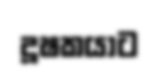
දූෂකයාට